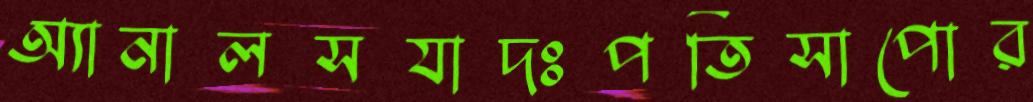
অ্যানালসযাদঃপতিসাপোর